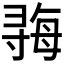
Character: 𫴱